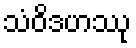
သံဝိဒဟဿု